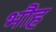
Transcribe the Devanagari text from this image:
भौह